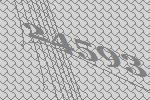
24593